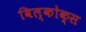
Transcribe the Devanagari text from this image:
विल्कोक्स